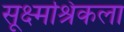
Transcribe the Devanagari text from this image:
सूक्ष्मश्रिंकला